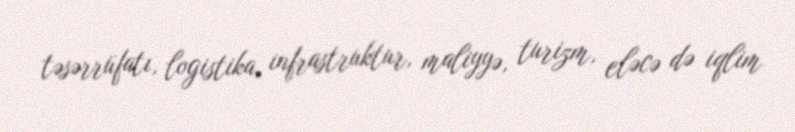
təsərrüfatı, logistika, infrastruktur, maliyyə, turizm, eləcə də iqlim